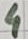
Text: 4